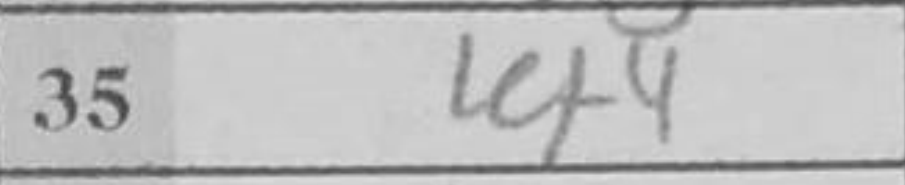
Transcription: Kf4